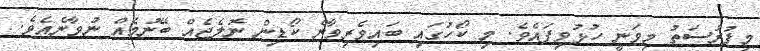
މިފުރުސަތު މިވަނީ ހުޅުވިފައެވެ. މި ކޯހުގައި ބައިވެރިވާން ކޯޑިން ނޮލެޖެއް ބޭނުމެއް ނުވާނެއެވެ.